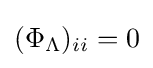
(\Phi _{\Lambda })_{ii}=0